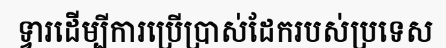
ទ្វារដើម្បីការប្រើប្រាស់ដែករបស់ប្រទេស